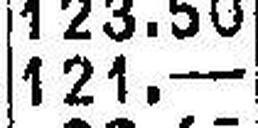
121.—